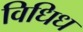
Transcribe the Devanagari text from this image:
विधिध